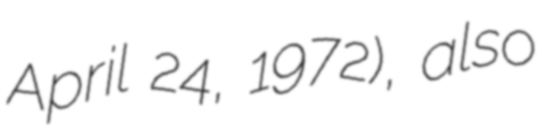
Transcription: April 24, 1972), also